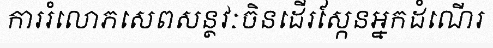
ការរំលោភសេពសន្ថវៈចិនដើរស្កែនអ្នកដំណើរ